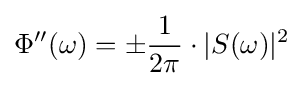
\Phi ''(\omega )=\pm {\frac {1}{2\pi }}\cdot |S(\omega )|^{2}